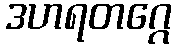
ဒဟရတဂ္ဂေ